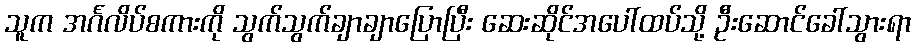
သူက အင်္ဂလိပ်စကားကို သွက်သွက်ချာချာပြောပြီး ဆေးဆိုင်အပေါ်ထပ်သို့ ဦးဆောင်ခေါ်သွားရာ